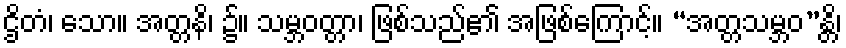
ဌိတံ၊ သော။ အတ္တနိ၊ ၌။ သမ္ဘဝတ္တာ၊ ဖြစ်သည်၏ အဖြစ်ကြောင့်။ “အတ္တသမ္ဘဝ”န္တိ၊